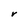
Character: V